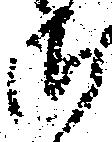
御